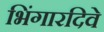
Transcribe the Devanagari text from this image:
भिंगारदिवे